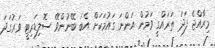
މިރާއްޖެ ފަދަ ތަރައްގީ ވަމުން އަންނަ ގައުމަކަށް އެބަ ބޭނުންވޭ ސޮލިޑަރިޓީ ވަރުގަދަ